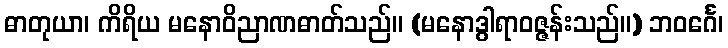
ဓာတုယာ၊ ကိရိယ မနောဝိညာဏဓာတ်သည်။ (မနောဒွါရာဝဇ္ဇန်းသည်။) ဘဝင်္ဂေ၊